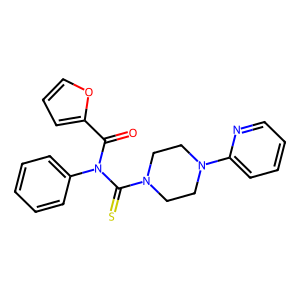
SMILES: O=C(c1ccco1)N(C(=S)N1CCN(c2ccccn2)CC1)c1ccccc1
Inhibits HIV replication: No